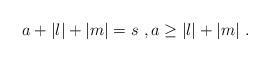
LaTeX: \begin{align*}a+|l|+|m|=s\ ,a\geq |l|+|m|\ .\end{align*}